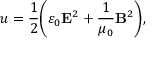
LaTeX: u = { \frac { 1 } { 2 } } \! \left( \varepsilon _ { 0 } \mathbf { E } ^ { 2 } + { \frac { 1 } { \mu _ { 0 } } } \mathbf { B } ^ { 2 } \right) \! ,